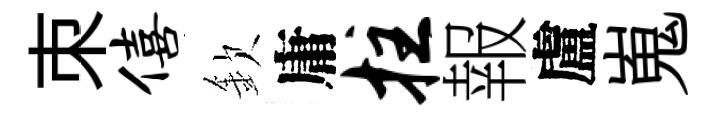
朿僖欽庸拄報盧嵬